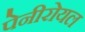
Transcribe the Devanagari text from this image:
पेनीरोयल